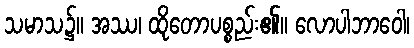
သမာသ၌။ အဿ၊ ထိုတောပစ္စည်း၏။ လောပါဘာဝေါ၊